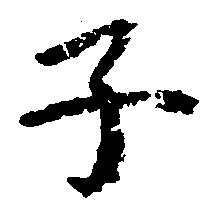
子